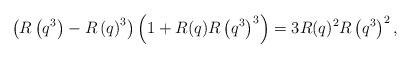
LaTeX: \begin{align*}\left(R\left(q^3\right)-R\left(q\right)^3\right)\left(1+R(q)R\left(q^3\right)^3\right)=3R(q)^2R\left(q^3\right)^2,\end{align*}